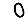
Digit: 0